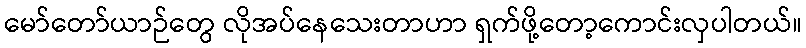
မော်တော်ယာဉ်တွေ လိုအပ်နေသေးတာဟာ ရှက်ဖို့တော့ကောင်းလှပါတယ်။